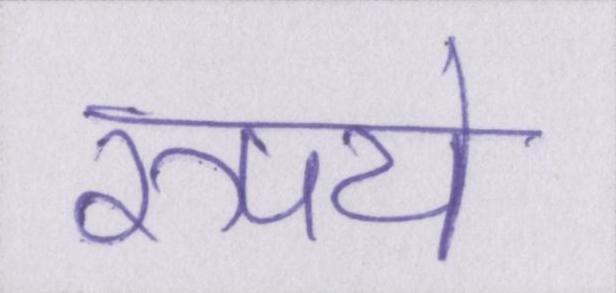
रुपये